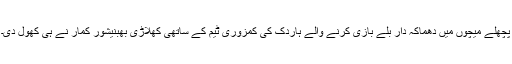
پچھلے میچوں میں دھماکہ دار بلے بازی کرنے والے ہاردک کی کمزوری ٹیم کے ساتھی کھلاڑی بھبنیشور کمار نے ہی کھول دی۔